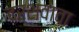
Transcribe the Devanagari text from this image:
दर्शवावा